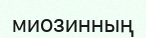
миозинның